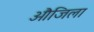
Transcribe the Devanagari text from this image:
औजिला